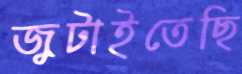
জুটাইতেছি